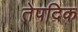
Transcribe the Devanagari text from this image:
तेपदिक